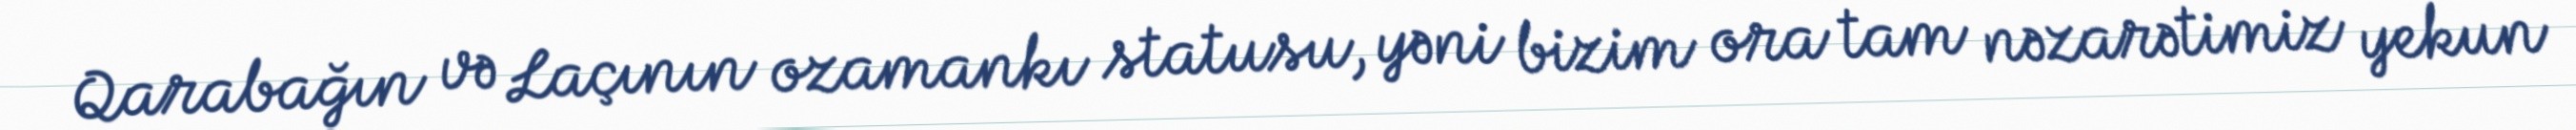
Qarabağın və Laçının ozamankı statusu, yəni bizim ora tam nəzarətimiz yekun